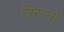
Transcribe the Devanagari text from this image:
त्रिरत्नों